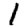
Digit: 1